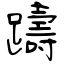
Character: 躊